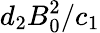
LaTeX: d_{2}B_{0}^{2}/c_{1}